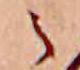
の